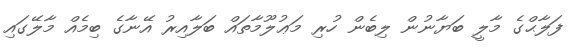
ފަލާޙްގެ މާލީ ބަޔާނުން ލިބެން ހުރި މަޢުލޫމާތައް ބަލާއިރު އޭނާގެ ބިމެއް މާލޭގައި